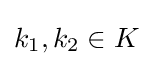
k_{1},k_{2}\in K